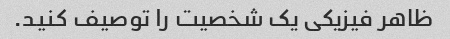
ظاهر فیزیکی یک شخصیت را توصیف کنید.